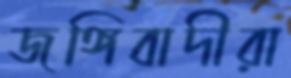
জঙ্গিবাদীরা